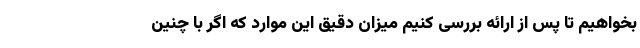
بخواهیم تا پس از ارائه بررسی کنیم میزان دقیق این موارد که اگر با چنین